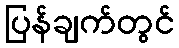
ပြန်ချက်တွင်